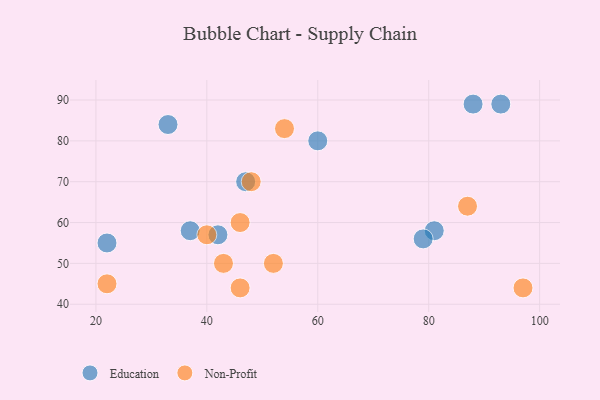
{"axis": {"x": "GDP", "y": "Life Expectancy"}, "legend": ["Education", "Non-Profit"], "data": [{"x": "42", "y": 57, "type": "Education"}, {"x": "47", "y": 70, "type": "Education"}, {"x": "33", "y": 84, "type": "Education"}, {"x": "93", "y": 89, "type": "Education"}, {"x": "22", "y": 55, "type": "Education"}, {"x": "88", "y": 89, "type": "Education"}, {"x": "81", "y": 58, "type": "Education"}, {"x": "37", "y": 58, "type": "Education"}, {"x": "79", "y": 56, "type": "Education"}, {"x": "60", "y": 80, "type": "Education"}, {"x": "97", "y": 44, "type": "Non-Profit"}, {"x": "48", "y": 70, "type": "Non-Profit"}, {"x": "43", "y": 50, "type": "Non-Profit"}, {"x": "22", "y": 45, "type": "Non-Profit"}, {"x": "52", "y": 50, "type": "Non-Profit"}, {"x": "46", "y": 44, "type": "Non-Profit"}, {"x": "46", "y": 60, "type": "Non-Profit"}, {"x": "54", "y": 83, "type": "Non-Profit"}, {"x": "40", "y": 57, "type": "Non-Profit"}, {"x": "87", "y": 64, "type": "Non-Profit"}]}